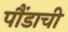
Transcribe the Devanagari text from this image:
पौंडाची